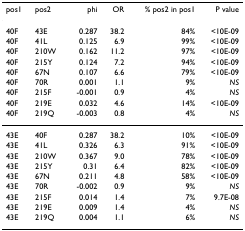
<table><thead><tr><td><b>pos1</b></td><td><b>pos2</b></td><td><b>phi</b></td><td><b>OR</b></td><td><b>% pos2 in pos1</b></td><td><b>P value</b></td></tr></thead><tbody><tr><td>40F</td><td>43E</td><td>0.287</td><td>38.2</td><td>84%</td><td>&lt;10E-09</td></tr><tr><td>40F</td><td>41L</td><td>0.125</td><td>6.9</td><td>99%</td><td>&lt;10E-09</td></tr><tr><td>40F</td><td>210W</td><td>0.162</td><td>11.2</td><td>97%</td><td>&lt;10E-09</td></tr><tr><td>40F</td><td>215Y</td><td>0.124</td><td>7.2</td><td>94%</td><td>&lt;10E-09</td></tr><tr><td>40F</td><td>67N</td><td>0.107</td><td>6.6</td><td>79%</td><td>&lt;10E-09</td></tr><tr><td>40F</td><td>70R</td><td>0.001</td><td>1.1</td><td>9%</td><td><i>NS</i></td></tr><tr><td>40F</td><td>215F</td><td>-0.001</td><td>0.9</td><td>4%</td><td><i>NS</i></td></tr><tr><td>40F</td><td>219E</td><td>0.032</td><td>4.6</td><td>14%</td><td>&lt;10E-09</td></tr><tr><td>40F</td><td>219Q</td><td>-0.003</td><td>0.8</td><td>4%</td><td><i>NS</i></td></tr><tr><td>43E</td><td>40F</td><td>0.287</td><td>38.2</td><td>10%</td><td>&lt;10E-09</td></tr><tr><td>43E</td><td>41L</td><td>0.326</td><td>6.3</td><td>91%</td><td>&lt;10E-09</td></tr><tr><td>43E</td><td>210W</td><td>0.367</td><td>9.0</td><td>78%</td><td>&lt;10E-09</td></tr><tr><td>43E</td><td>215Y</td><td>0.31</td><td>6.4</td><td>82%</td><td>&lt;10E-09</td></tr><tr><td>43E</td><td>67N</td><td>0.211</td><td>4.8</td><td>58%</td><td>&lt;10E-09</td></tr><tr><td>43E</td><td>70R</td><td>-0.002</td><td>0.9</td><td>9%</td><td><i>NS</i></td></tr><tr><td>43E</td><td>215F</td><td>0.014</td><td>1.4</td><td>7%</td><td>9.7E-08</td></tr><tr><td>43E</td><td>219E</td><td>0.009</td><td>1.4</td><td>4%</td><td><i>NS</i></td></tr><tr><td>43E</td><td>219Q</td><td>0.004</td><td>1.1</td><td>6%</td><td><i>NS</i></td></tr></tbody></table>